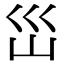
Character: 𭗼